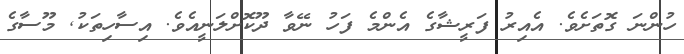
ހުންނަ ގޮތަށެވެ. އެއިރު ފަރީޝާގެ އެންމެ ފަހު ނޭވާ ދޫކޮށްލަނީއެވެ. އިސާހިތަކު